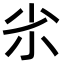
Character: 𡭝